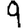
Digit: 9